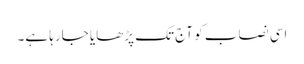
اسی نصاب کو آج تک پڑھایا جارہا ہے۔